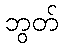
ဘွတ်